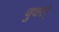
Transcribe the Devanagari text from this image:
बुक्स्